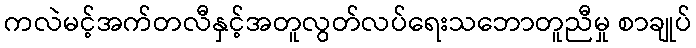
ကလဲမင့်အက်တလီနှင့်အတူလွတ်လပ်ရေးသဘောတူညီမှု စာချုပ်